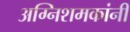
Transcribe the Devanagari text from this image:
अग्निशमकांनी